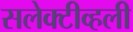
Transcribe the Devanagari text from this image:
सलेक्टीव्हली